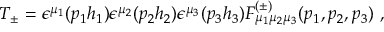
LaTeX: T _ { \pm } = \epsilon ^ { \mu _ { 1 } } ( p _ { 1 } h _ { 1 } ) \epsilon ^ { \mu _ { 2 } } ( p _ { 2 } h _ { 2 } ) \epsilon ^ { \mu _ { 3 } } ( p _ { 3 } h _ { 3 } ) { \cal F } _ { \mu _ { 1 } \mu _ { 2 } \mu _ { 3 } } ^ { ( \pm ) } ( p _ { 1 } , p _ { 2 } , p _ { 3 } ) \ ,